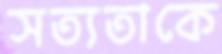
সত্যতাকে